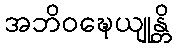
အဘိဝဍ္ဎေယျုန္တိ